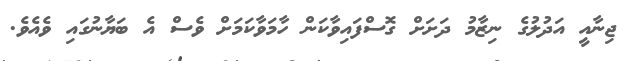
ޖިނާއީ އަދުލުގެ ނިޒާމު ދަށަށް ގޮސްފައިވާކަން ހާމަވާކަމަށް ވެސް އެ ބަޔާނުގައި ވެއެވެ.